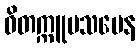
ဝိတက္ကူပသမေန